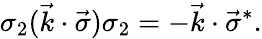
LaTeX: \sigma_{2}({\vec{k}}\cdot{\vec{\sigma}})\sigma_{2}=-{\vec{k}}\cdot{\vec{\sigma}}^{*}.